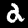
Digit: 2